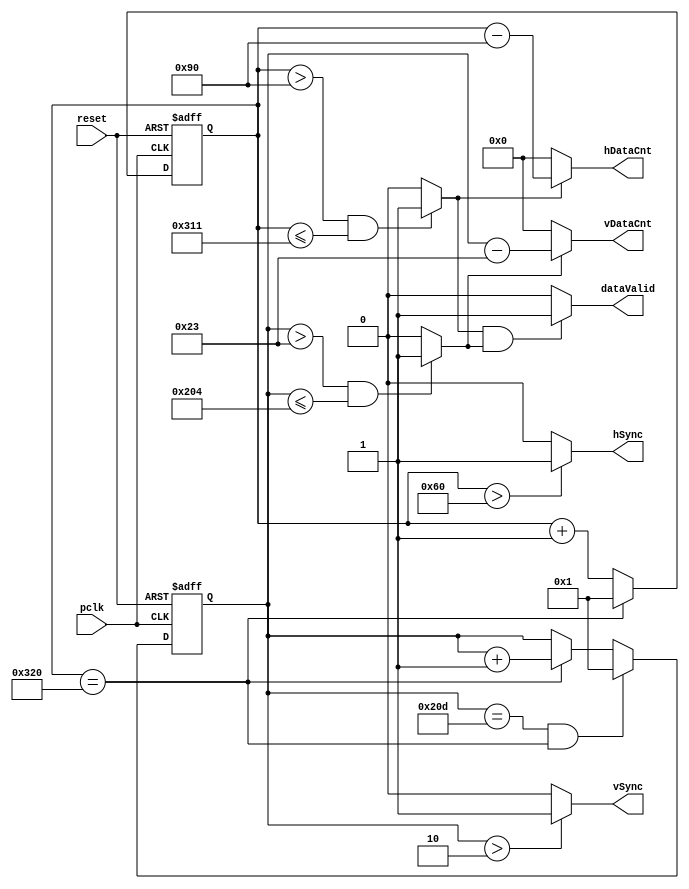
module SyncGeneration_D2(pclk, reset, hSync, vSync, dataValid, hDataCnt, vDataCnt);
  
   input        pclk;
   input        reset;
   output       hSync;
   output       vSync;
   output       dataValid;
   output [9:0] hDataCnt;
   output [9:0] vDataCnt ;
 

   parameter    H_SP_END = 96;
   parameter    H_BP_END = 144;
   parameter    H_FP_START = 785;
   parameter    H_TOTAL = 800;
   
   parameter    V_SP_END = 2;
   parameter    V_BP_END = 35;
   parameter    V_FP_START = 516;
   parameter    V_TOTAL = 525;

   reg [9:0]    x_cnt,y_cnt;
   wire         h_valid,v_valid;
     
   always @(negedge reset or posedge pclk) begin
      if (!reset)
         x_cnt <= 10'd1;
      else begin
         if (x_cnt == H_TOTAL)
            x_cnt <= 10'd1;
         else
            x_cnt <= x_cnt + 1;
      end
   end
   
   always @(posedge pclk or negedge reset) begin
      if (!reset)
         y_cnt <= 10'd1;
      else begin
         if (y_cnt == V_TOTAL & x_cnt == H_TOTAL)
            y_cnt <= 1;
         else if (x_cnt == H_TOTAL)
            y_cnt <= y_cnt + 1;
         else y_cnt<=y_cnt;
      end
   end
   
   assign hSync = ((x_cnt > H_SP_END)) ? 1'b1 : 1'b0;
   assign vSync = ((y_cnt > V_SP_END)) ? 1'b1 : 1'b0;
   
   // Check P7 for horizontal timing   
   assign h_valid = ((x_cnt > H_BP_END) & (x_cnt <= H_FP_START)) ? 1'b1 : 1'b0;
   // Check P9 for vertical timing
   assign v_valid = ((y_cnt > V_BP_END) & (y_cnt <= V_FP_START)) ? 1'b1 : 1'b0;
   
   assign dataValid = ((h_valid == 1'b1) & (v_valid == 1'b1)) ? 1'b1 :  1'b0;
   
   // hDataCnt from 1 if h_valid==1
   assign hDataCnt = ((h_valid == 1'b1)) ? x_cnt - H_BP_END : 10'b0;
   // vDataCnt from 1 if v_valid==1
   assign vDataCnt = ((v_valid == 1'b1)) ? y_cnt - V_BP_END : 10'b0; 
            
   
endmodule